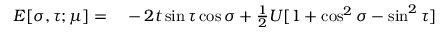
\begin{array} { r l } { E [ \sigma , \tau ; \mu ] = } & { { } - 2 t \sin \tau \cos \sigma + \frac { 1 } { 2 } U [ 1 + \cos ^ { 2 } \sigma - \sin ^ { 2 } \tau ] } \end{array}